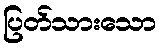
ပြတ်သားသော